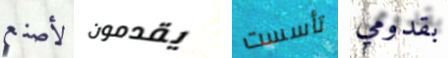
لأصنع يقدمون تأسست بقدومي